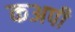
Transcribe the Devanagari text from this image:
कअपी